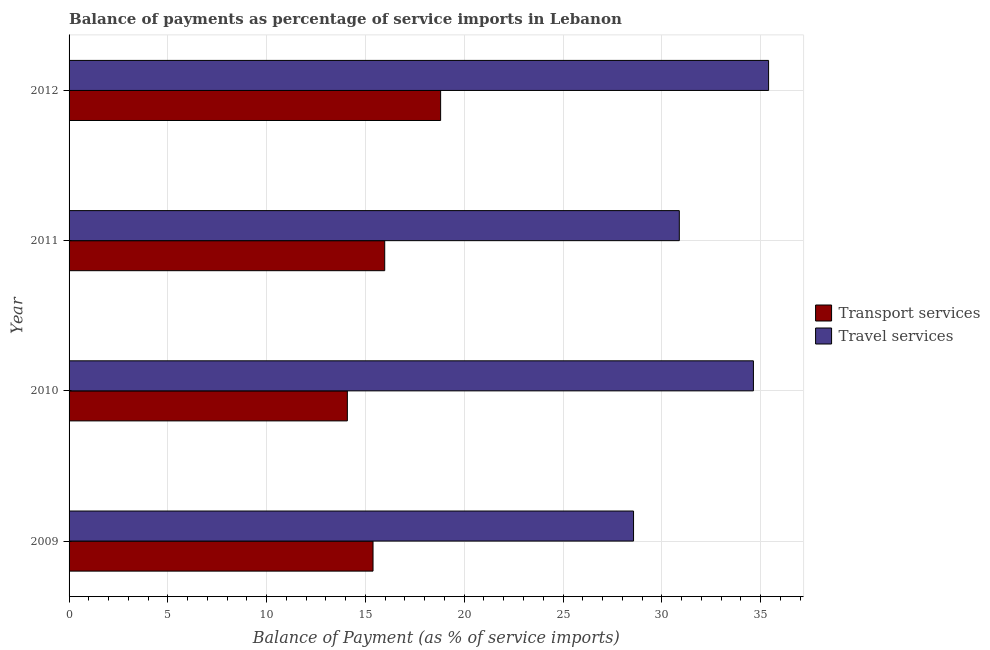
| Year | Transport services | Travel services |
 | --- | --- | --- |
 | 2009 | 15.4 | 28.6 |
 | 2010 | 14.1 | 34.6 |
 | 2011 | 16 | 30.9 |
 | 2012 | 18.8 | 35.4 |